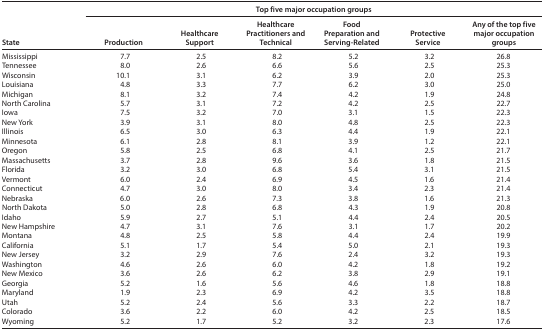
<table><thead><tr><td rowspan="2"><b>State</b></td><td colspan="6"><b>Top five major occupation groups</b></td></tr><tr><td><b>Production</b></td><td><b>Healthcare Support</b></td><td><b>Healthcare Practitioners and Technical</b></td><td><b>Food Preparation and Serving-Related</b></td><td><b>Protective Service</b></td><td><b>Any of the top five major occupation groups</b></td></tr></thead><tbody><tr><td>Mississippi</td><td>7.7</td><td>2.5</td><td>8.2</td><td>5.2</td><td>3.2</td><td>26.8</td></tr><tr><td>Tennessee</td><td>8.0</td><td>2.6</td><td>6.6</td><td>5.6</td><td>2.5</td><td>25.3</td></tr><tr><td>Wisconsin</td><td>10.1</td><td>3.1</td><td>6.2</td><td>3.9</td><td>2.0</td><td>25.3</td></tr><tr><td>Louisiana</td><td>4.8</td><td>3.3</td><td>7.7</td><td>6.2</td><td>3.0</td><td>25.0</td></tr><tr><td>Michigan</td><td>8.1</td><td>3.2</td><td>7.4</td><td>4.2</td><td>1.9</td><td>24.8</td></tr><tr><td>North Carolina</td><td>5.7</td><td>3.1</td><td>7.2</td><td>4.2</td><td>2.5</td><td>22.7</td></tr><tr><td>Iowa</td><td>7.5</td><td>3.2</td><td>7.0</td><td>3.1</td><td>1.5</td><td>22.3</td></tr><tr><td>New York</td><td>3.9</td><td>3.1</td><td>8.0</td><td>4.8</td><td>2.5</td><td>22.3</td></tr><tr><td>Illinois</td><td>6.5</td><td>3.0</td><td>6.3</td><td>4.4</td><td>1.9</td><td>22.1</td></tr><tr><td>Minnesota</td><td>6.1</td><td>2.8</td><td>8.1</td><td>3.9</td><td>1.2</td><td>22.1</td></tr><tr><td>Oregon</td><td>5.8</td><td>2.5</td><td>6.8</td><td>4.1</td><td>2.5</td><td>21.7</td></tr><tr><td>Massachusetts</td><td>3.7</td><td>2.8</td><td>9.6</td><td>3.6</td><td>1.8</td><td>21.5</td></tr><tr><td>Florida</td><td>3.2</td><td>3.0</td><td>6.8</td><td>5.4</td><td>3.1</td><td>21.5</td></tr><tr><td>Vermont</td><td>6.0</td><td>2.4</td><td>6.9</td><td>4.5</td><td>1.6</td><td>21.4</td></tr><tr><td>Connecticut</td><td>4.7</td><td>3.0</td><td>8.0</td><td>3.4</td><td>2.3</td><td>21.4</td></tr><tr><td>Nebraska</td><td>6.0</td><td>2.6</td><td>7.3</td><td>3.8</td><td>1.6</td><td>21.3</td></tr><tr><td>North Dakota</td><td>5.0</td><td>2.8</td><td>6.8</td><td>4.3</td><td>1.9</td><td>20.8</td></tr><tr><td>Idaho</td><td>5.9</td><td>2.7</td><td>5.1</td><td>4.4</td><td>2.4</td><td>20.5</td></tr><tr><td>New Hampshire</td><td>4.7</td><td>3.1</td><td>7.6</td><td>3.1</td><td>1.7</td><td>20.2</td></tr><tr><td>Montana</td><td>4.8</td><td>2.5</td><td>5.8</td><td>4.4</td><td>2.4</td><td>19.9</td></tr><tr><td>California</td><td>5.1</td><td>1.7</td><td>5.4</td><td>5.0</td><td>2.1</td><td>19.3</td></tr><tr><td>New Jersey</td><td>3.2</td><td>2.9</td><td>7.6</td><td>2.4</td><td>3.2</td><td>19.3</td></tr><tr><td>Washington</td><td>4.6</td><td>2.6</td><td>6.0</td><td>4.2</td><td>1.8</td><td>19.2</td></tr><tr><td>New Mexico</td><td>3.6</td><td>2.6</td><td>6.2</td><td>3.8</td><td>2.9</td><td>19.1</td></tr><tr><td>Georgia</td><td>5.2</td><td>1.6</td><td>5.6</td><td>4.6</td><td>1.8</td><td>18.8</td></tr><tr><td>Maryland</td><td>1.9</td><td>2.3</td><td>6.9</td><td>4.2</td><td>3.5</td><td>18.8</td></tr><tr><td>Utah</td><td>5.2</td><td>2.4</td><td>5.6</td><td>3.3</td><td>2.2</td><td>18.7</td></tr><tr><td>Colorado</td><td>3.6</td><td>2.2</td><td>6.0</td><td>4.2</td><td>2.5</td><td>18.5</td></tr><tr><td>Wyoming</td><td>5.2</td><td>1.7</td><td>5.2</td><td>3.2</td><td>2.3</td><td>17.6</td></tr></tbody></table>